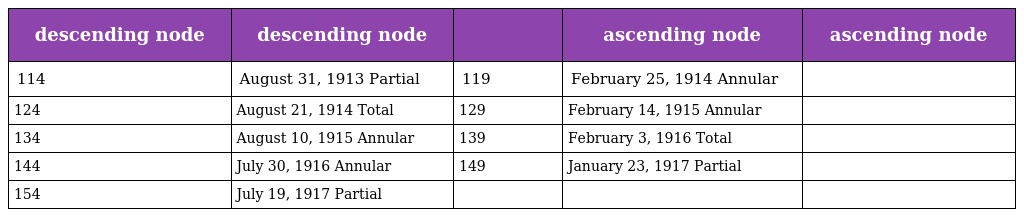
| descending node | descending node |  | ascending node | ascending node |
 | --- | --- | --- | --- | --- |
 | 114 | August 31, 1913 Partial | 119 | February 25, 1914 Annular |  |
 | 124 | August 21, 1914 Total | 129 | February 14, 1915 Annular |  |
 | 134 | August 10, 1915 Annular | 139 | February 3, 1916 Total |  |
 | 144 | July 30, 1916 Annular | 149 | January 23, 1917 Partial |  |
 | 154 | July 19, 1917 Partial |  |  |  |